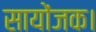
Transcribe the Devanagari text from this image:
सायोंजक।